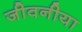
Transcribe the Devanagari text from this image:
जीवनीया